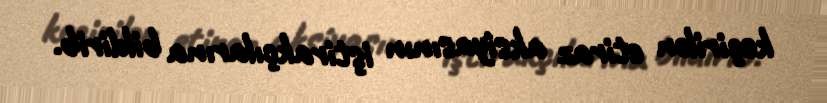
keçirilən etiraz aksiyasının iştirakçılarına bildirib.